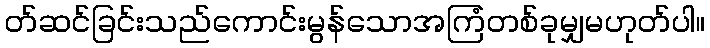
တ်ဆင်ခြင်းသည်ကောင်းမွန်သောအကြံတစ်ခုမျှမဟုတ်ပါ။